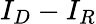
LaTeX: I_{D}-I_{R}